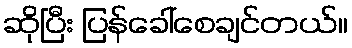
ဆိုပြီး ပြန်ခေါ်စေချင်တယ်။